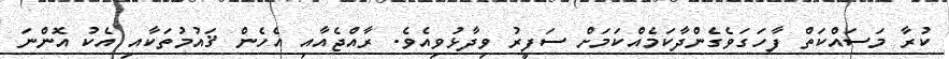
ކުރާ މަސައްކަތް ފާހަގަވެގެންދާކަމެއްކަމަށް ސަފީރު ވިދާޅުވިއެވެ. ރާއްޖެއާއި އެހެން ޤައުމުތަކާއި އެކު އޮންނަ